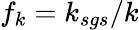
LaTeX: f_{k}=k_{sgs}/k